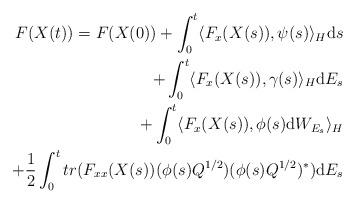
LaTeX: \begin{align*}\begin{aligned}F(X(t)) = F(X(0)) + \int_0^t \langle F_x(X(s)), \psi(s)\rangle_H\mathrm{d}s\\ + \int_0^t\langle F_x(X(s)), \gamma(s)\rangle_H\mathrm{d}E_s\\ + \int_0^t\langle F_x(X(s)), \phi(s)\mathrm{d}W_{E_s}\rangle_H\\ + \frac{1}{2} \int_0^t tr(F_{xx}(X(s))(\phi(s)Q^{1/2})(\phi(s)Q^{1/2})^*) \mathrm{d}E_s\\\end{aligned}\end{align*}